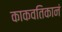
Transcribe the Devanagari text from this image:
काकवतिकानं